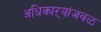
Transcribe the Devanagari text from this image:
अधिकाऱ्यांजवळ